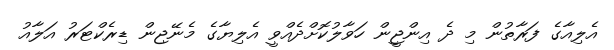
އެލިއާގެ ފަރާތުން މި ދެ އިންޖީން ހަވާލުކޮށްދެއްވީ އެލިޔާގެ މެނޭޖިން ޑިރެކްޓަރު އަލާއު